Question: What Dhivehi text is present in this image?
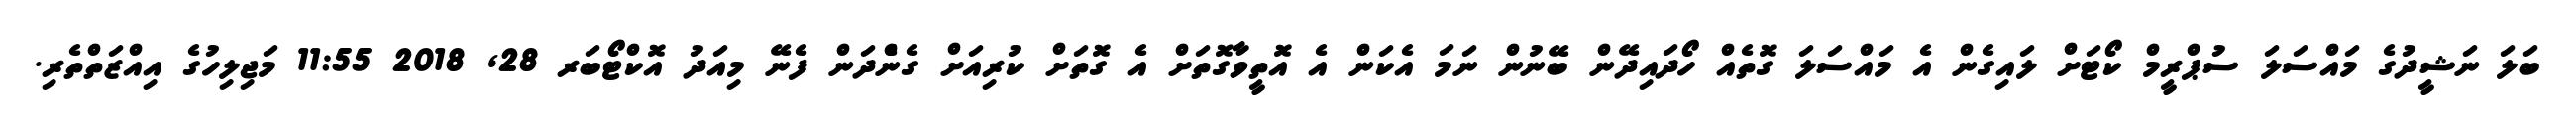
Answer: ބަލަ ނަޝީދުގެ މައްސަލަ ސުޕްރީމް ކޯޓަށް ލައިގެން އެ މައްސަލަ ގޮތެއް ހޯދައިދޭން ބޭނުން ނަމަ އެކަން އެ އޮތީވާގޮތަށް އެ ގޮތަށް ކުރިއަށް ގެންެދަން ފެނޭ މިއަދު އޮކްޓޯބަރ 28, 2018 11:55 މަޖިލިހުގެ އިއްޒަތްތެރި.